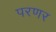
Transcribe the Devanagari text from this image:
परणर